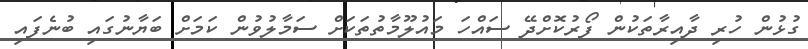
ގުޅުން ހުރި ދާއިރާތަކުން ފޯރުކޮށްދޭ ސައްހަ މައުލޫމާތުތަކަށް ސަމާލުވުން ކަމަށް ބަޔާނުގައި ބުނެފައި